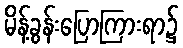
မိန့်ခွန်းပြောကြားရာ၌